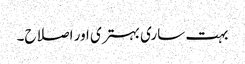
بہت ساری بہتری اور اصلاح۔